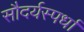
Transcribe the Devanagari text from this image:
सौदर्यस्पर्धा